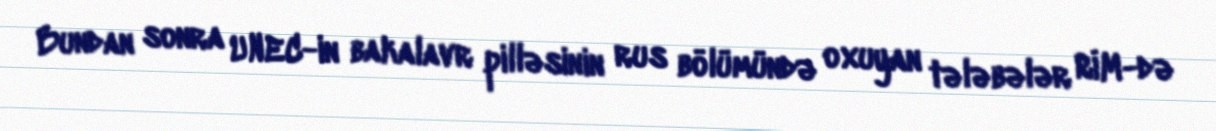
Bundan sonra UNEC-in bakalavr pilləsinin rus bölümündə oxuyan tələbələr RİM-də